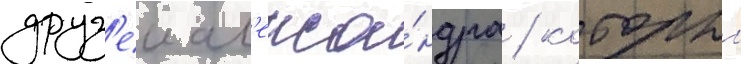
друз'еи ал'екса́ндра / которыи